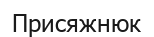
Присяжнюк